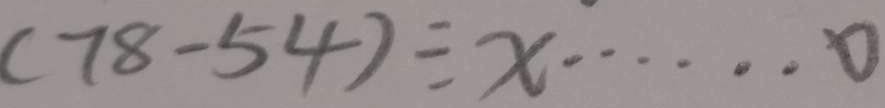
( 7 8 - 5 4 ) \div x \cdots 0